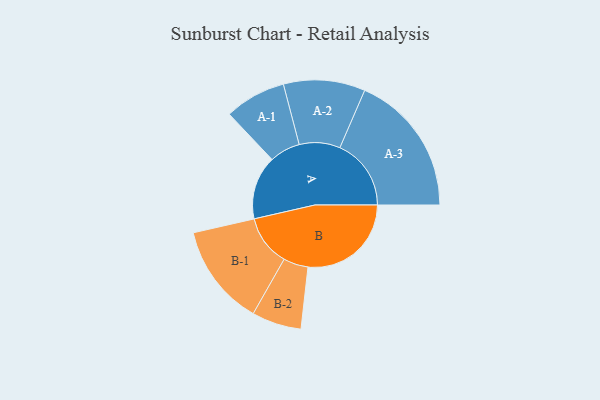
{"axis": {"x": "Segment", "y": "Value"}, "legend": ["", "A", "B"], "data": [{"x": "A", "y": 259, "type": ""}, {"x": "B", "y": 420, "type": ""}, {"x": "A-1", "y": 125, "type": "A"}, {"x": "A-2", "y": 166, "type": "A"}, {"x": "A-3", "y": 290, "type": "A"}, {"x": "B-1", "y": 207, "type": "B"}, {"x": "B-2", "y": 101, "type": "B"}]}